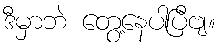
ဒီမှာဘဲ တွေ့နေပါပြီဗျ။